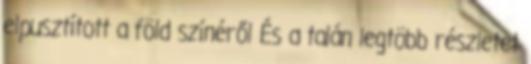
elpusztított a föld színéről És a talán legtöbb részletet